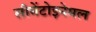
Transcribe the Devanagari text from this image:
सीमेंटोइनेमल